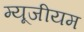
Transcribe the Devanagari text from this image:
म्यूजीयम